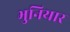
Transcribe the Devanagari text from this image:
भुनियार